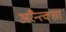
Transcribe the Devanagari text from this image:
अरैन्त्क्सा